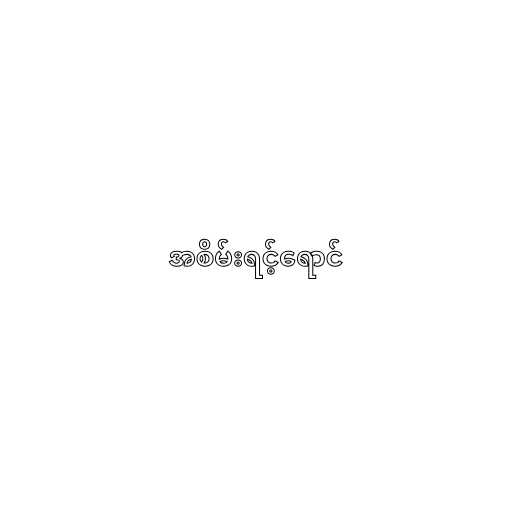
အစိမ်းရင့်ရောင်